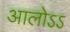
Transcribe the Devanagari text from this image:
आलोऽऽ